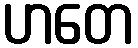
ဟတေ